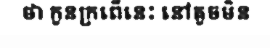
ថា កូនក្រពើនេះ នៅតូចមិន